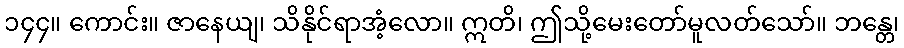
၁၄၄။ ကောင်း။ ဇာနေယျ၊ သိနိုင်ရာအံ့လော။ ဣတိ၊ ဤသို့မေးတော်မူလတ်သော်။ ဘန္တေ၊